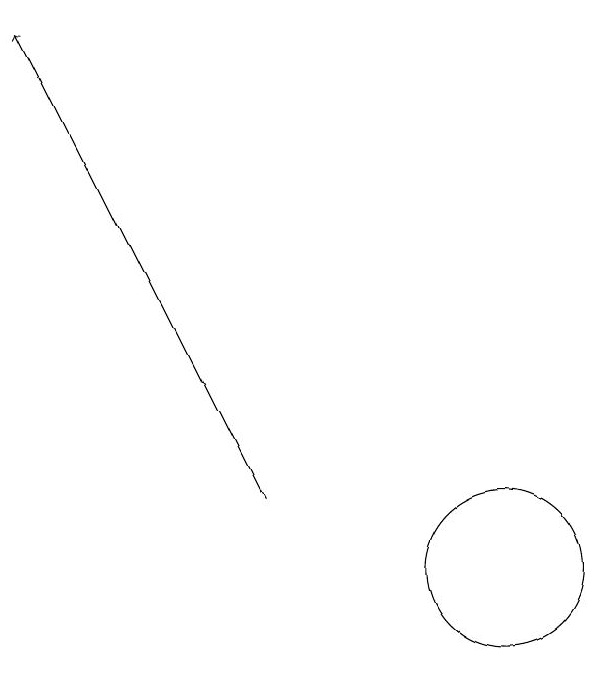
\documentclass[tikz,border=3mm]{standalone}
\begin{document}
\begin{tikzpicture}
\draw (11,12) circle (0);
\draw (12,11) circle (1);
\draw[->] (9,12) -- (6,18);
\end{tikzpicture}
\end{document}